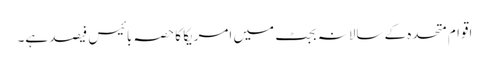
اقوام متحدہ کے سالانہ بجٹ میں امریکا کا حصہ بائیس فیصد ہے۔